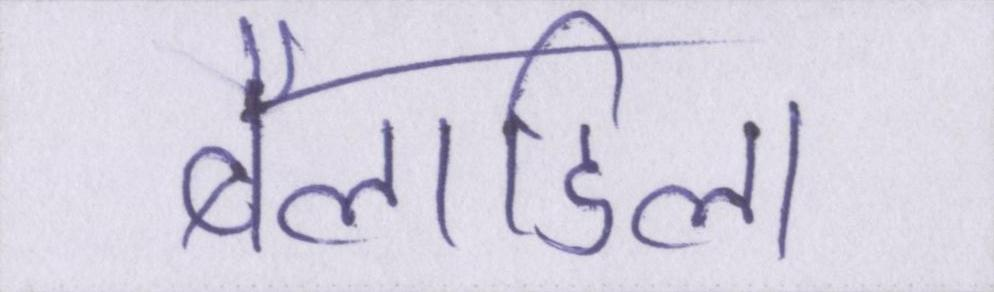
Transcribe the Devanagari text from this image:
बैलाडिला